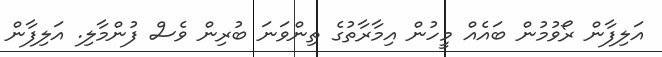
އަލިފާން ރޯވުމުން ބައެއް މީހުން އިމާރާތުގެ ތިންވަނަ ބުރިން ވެސް ފުންމާލި. އަލިފާން